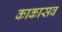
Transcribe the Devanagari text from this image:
काकासब